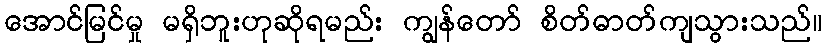
အောင်မြင်မှု မရှိဘူးဟုဆိုရမည်း ကျွန်တော် စိတ်ဓာတ်ကျသွားသည်။